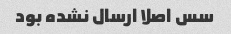
سس اصلا ارسال نشده بود